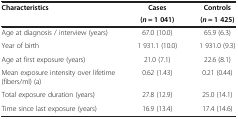
<table><thead><tr><td><b>Characteristics</b></td><td><b>Cases</b></td><td><b>Controls</b></td></tr><tr><td><b> </b></td><td><b>(<i>n</i> = 1 041)</b></td><td><b>(<i>n</i> = 1 425)</b></td></tr></thead><tbody><tr><td>Age at diagnosis / interview (years)</td><td>67.0 (10.0)</td><td>65.9 (6.3)</td></tr><tr><td>Year of birth</td><td>1 931.1 (10.0)</td><td>1 931.0 (9.3)</td></tr><tr><td>Age at first exposure (years)</td><td>21.0 (7.1)</td><td>22.6 (8.1)</td></tr><tr><td>Mean exposure intensity over lifetime (fibers/ml) (a)</td><td>0.62 (1.43)</td><td>0.21 (0.44)</td></tr><tr><td>Total exposure duration (years)</td><td>27.8 (12.9)</td><td>25.0 (14.1)</td></tr><tr><td>Time since last exposure (years)</td><td>16.9 (13.4)</td><td>17.4 (14.6)</td></tr></tbody></table>